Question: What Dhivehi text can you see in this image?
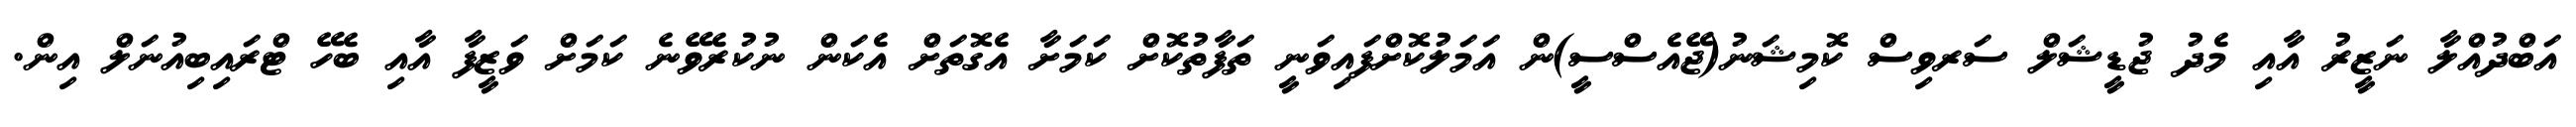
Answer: އަބްދުއްލާ ނަޒީރު އާއި މެދު ޖުޑީޝަލް ސަރވިސް ކޮމިޝަނު(ޖޭއެސްސީ)ން އަމަލުކޮށްފައިވަނީ ތަފާތުކޮށް ކަމަށާ އެގޮތަށް އެކަން ނުކުރެވޭނެ ކަމަށް ވަޒީފާ އާއި ބެހޭ ޓްރައިބިއުނަލް އިން.